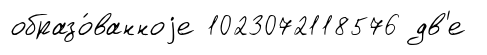
образо́ванноjе 1023072118576 дв'е